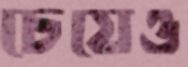
চেয়েও